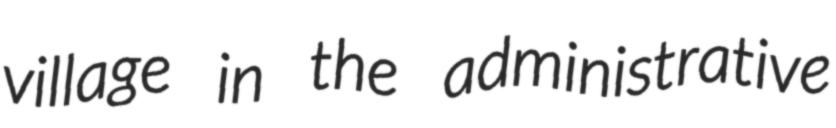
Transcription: village in the administrative